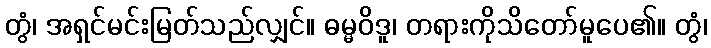
တွံ၊ အရှင်မင်းမြတ်သည်လျှင်။ ဓမ္မဝိဒူ၊ တရားကိုသိတော်မူပေ၏။ တွံ၊